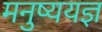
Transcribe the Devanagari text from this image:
मनुष्ययज्ञ